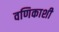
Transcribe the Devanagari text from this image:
वणिकाशी